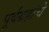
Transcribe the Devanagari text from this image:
पूर्वग्रहांचे